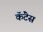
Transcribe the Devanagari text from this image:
कॅंटेस